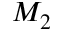
M _ { 2 }